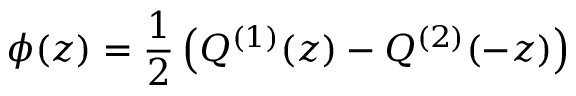
\phi ( z ) = \frac { 1 } { 2 } \left( Q ^ { ( 1 ) } ( z ) - Q ^ { ( 2 ) } ( - z ) \right)